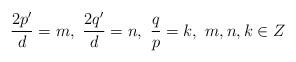
LaTeX: \begin{align*}\frac{2p'}{d}=m, \, \, \frac{2q'}{d}=n, \, \, \frac{q}{p}=k, \, \, m,n, k \in Z\end{align*}